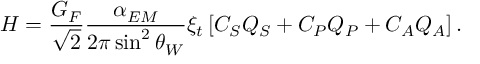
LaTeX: H = \frac { G _ { F } } { \sqrt { 2 } } \frac { \alpha _ { E M } } { 2 \pi \sin ^ { 2 } \theta _ { W } } \xi _ { t } \left[ C _ { S } Q _ { S } + C _ { P } Q _ { P } + C _ { A } Q _ { A } \right] .